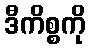
ဒီကိစ္စကို